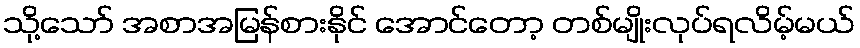
သို့သော် အစာအမြန်စားနိုင် အောင်တော့ တစ်မျိုးလုပ်ရလိမ့်မယ်